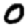
Digit: 0